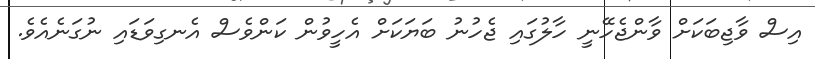
އިސް ވާޖިބަކަށް ވާންޖެހޭނީ ހާލުގައި ޖެހުނު ބަޔަކަށް އެހީވުން ކަންވެސް އެނގިވަޑައި ނުގަނެއެވެ.